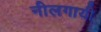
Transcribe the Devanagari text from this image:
नीलगायी